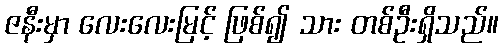
ဇနီးမှာ လေးလေးမြင့် ဖြစ်၍ သား တစ်ဦးရှိသည်။